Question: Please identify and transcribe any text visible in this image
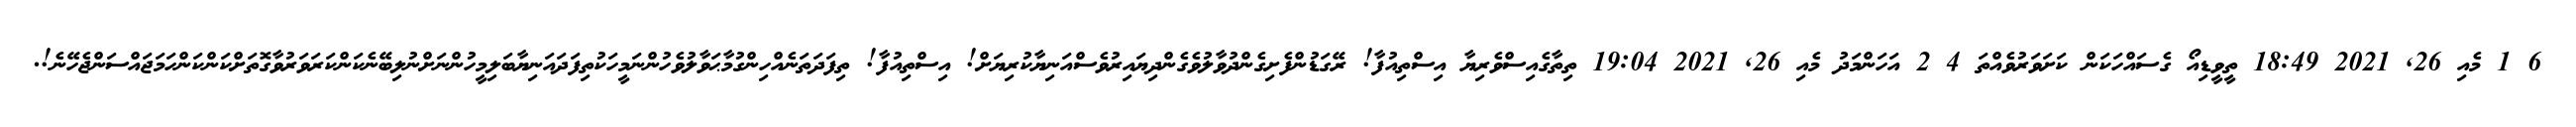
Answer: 6 1 މެއި 26, 2021 18:49 ތީވީޑިއޯ ގެސައްހަކަން ކަށަވަރުވެއްތަ 4 2 އަހަންމަދު މެއި 26, 2021 19:04 ތިތާގެއިސްވެރިޔާ އިސްތިއުފާ! ރޭގަޑުންފެށިގެންދުވާލުވެގެންދިޔައިރުވެސްއަނިޔާކުރިޔަށް! އިސްތިއުފާ! ތިފަދަތަނެއްހިންގުމާޙަވާލުވެހުންނަމީހަކުތިފަދައަނިޔާބަލިމީހުންނަށްނުލިބޭނެކަންކަރަވަރުވާގޮތަށްކަންކަންހަމަޖައްސަންޖެހޭނެ!.